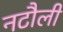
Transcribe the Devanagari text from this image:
नटौली